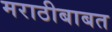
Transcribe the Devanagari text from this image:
मराठीबाबत